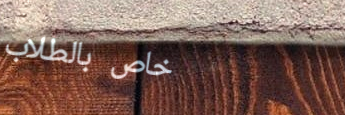
خاص بالطلاب